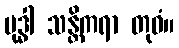
ဗုဒ္ဓါ သန္တိကရာ တုဝံ။